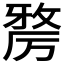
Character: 𭆑